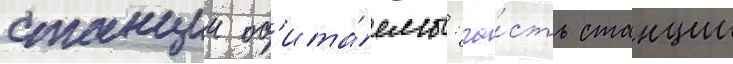
станции об'ита́емы: ча́сть станции